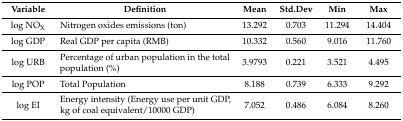
<table><thead><tr><td><b>Variable</b></td><td><b>Definition</b></td><td><b>Mean</b></td><td><b>Std.Dev</b></td><td><b>Min</b></td><td><b>Max</b></td></tr></thead><tbody><tr><td>log NO<sub>X</sub></td><td>Nitrogen oxides emissions (ton)</td><td>13.292</td><td>0.703</td><td>11.294</td><td>14.404</td></tr><tr><td>log GDP</td><td>Real GDP per capita (RMB)</td><td>10.332</td><td>0.560</td><td>9.016</td><td>11.760</td></tr><tr><td>log URB</td><td>Percentage of urban population in the total population (%)</td><td>3.9793</td><td>0.221</td><td>3.521</td><td>4.495</td></tr><tr><td>log POP</td><td>Total Population</td><td>8.188</td><td>0.739</td><td>6.333</td><td>9.292</td></tr><tr><td>log EI</td><td>Energy intensity (Energy use per unit GDP, kg of coal equivalent/10000 GDP)</td><td>7.052</td><td>0.486</td><td>6.084</td><td>8.260</td></tr></tbody></table>